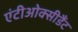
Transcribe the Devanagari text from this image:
एंटीओक्सीडैंट